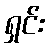
ရှင်း